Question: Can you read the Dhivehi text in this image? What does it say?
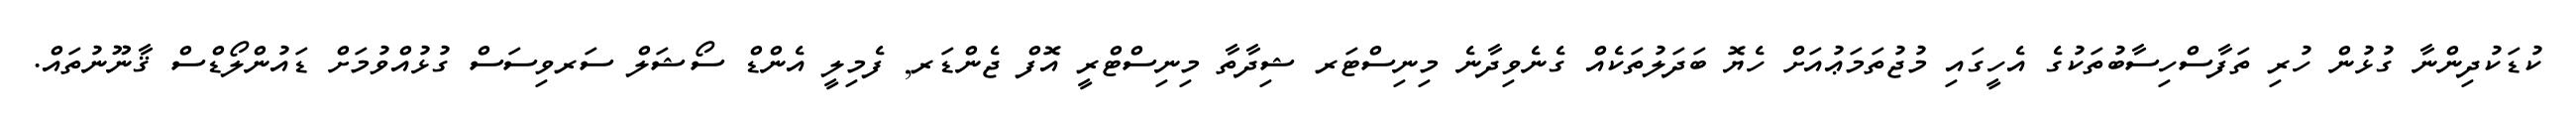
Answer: ކުޑަކުދިންނާ ގުޅުން ހުރި ތަފާސްހިސާބުތަކުގެ އެހީގައި މުޖުތަމަޢުއަށް ހެޔޮ ބަދަލުތަކެއް ގެނެވިދާނެ މިނިސްޓަރ ޝިދާތާ މިނިސްޓްރީ އޮފް ޖެންޑަރ, ފެމިލީ އެންޑް ސޯޝަލް ސަރވިސަސް ގުޅުއްވުމަށް ޑައުންލޯޑްސް ޤާނޫނުތައް.